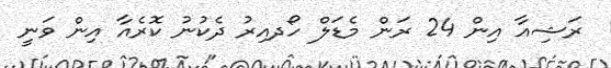
ރަޝިއާ އިން 24 ރަން މެޑަލް ހޯދއިިރު ދެކުނު ކޮރެއާ އިން ވަނީ